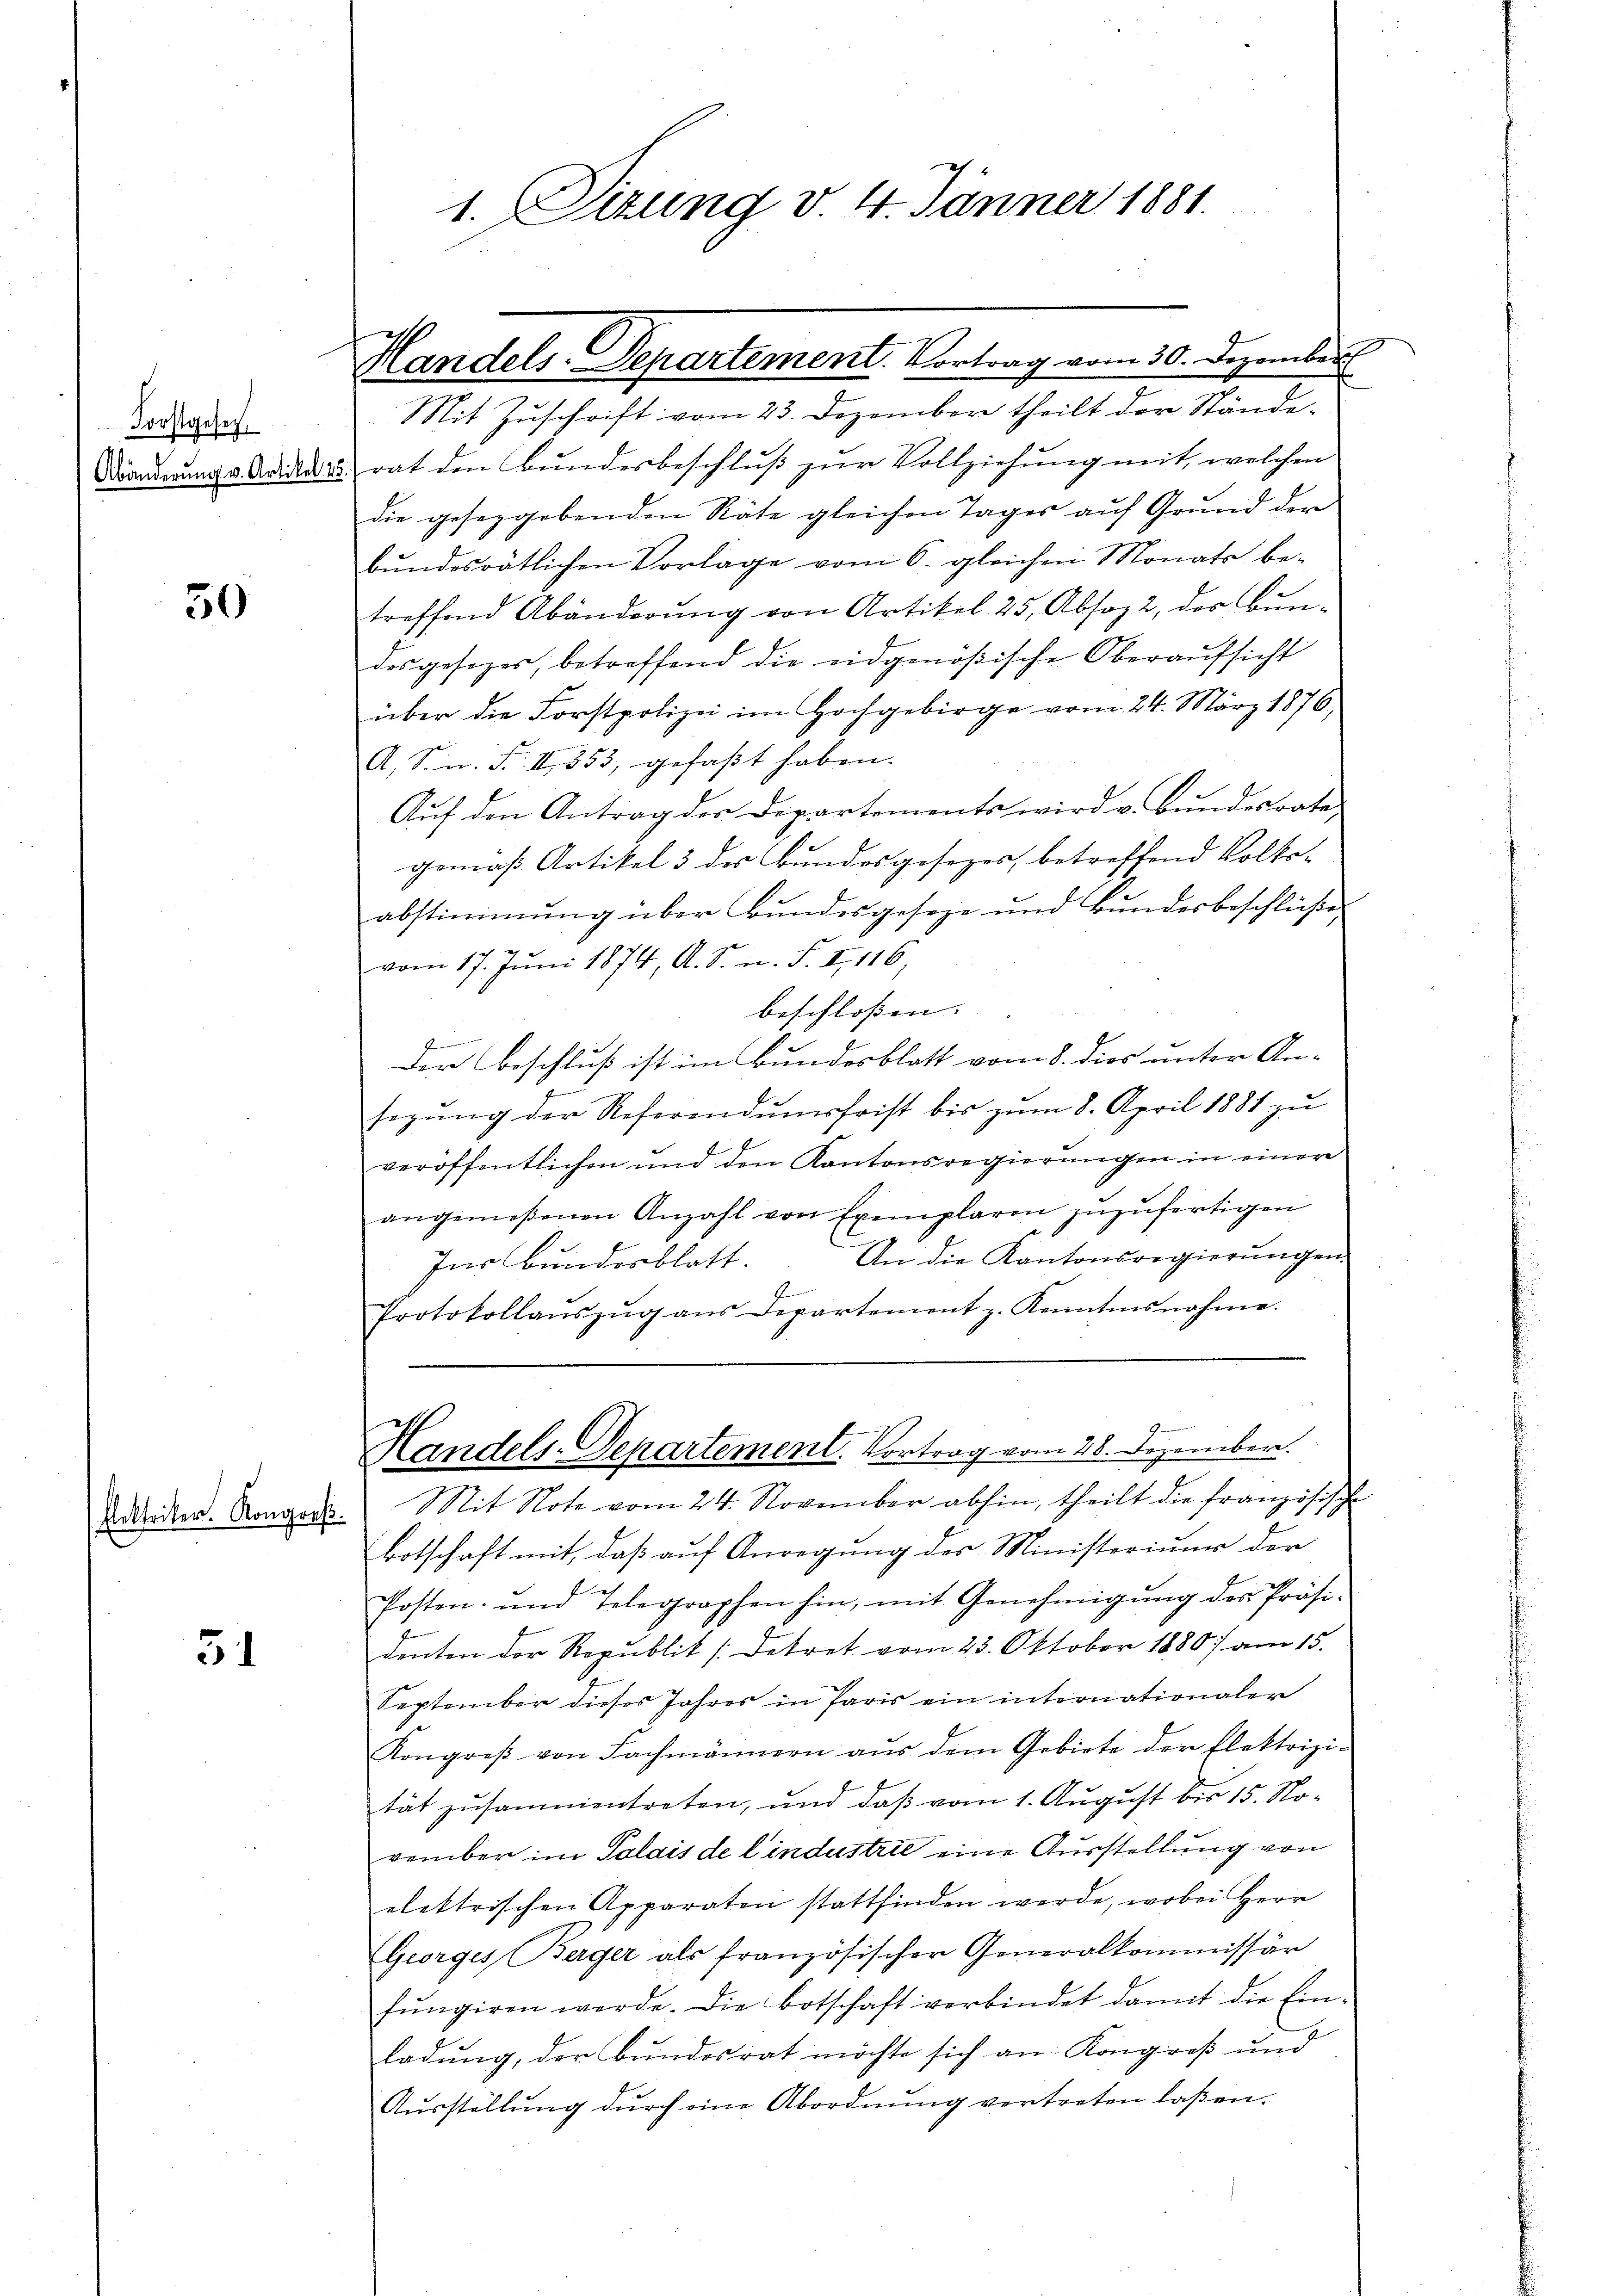
Forstgesetz,
Abänderung v. Artikel

50

15.

51

1. Sizung v. 4. Jänner 1881.

Handels-Departement. Vortrag vom 30. Dezember

Mit Zuschrift vom 23. Dezember theilt der Stände-
rat den Bundesbeschluß zur Vollziehung mit, welchen
die gesezgebenden Räte gleichen Tages auf Grund der
bŭndesrätlichen Vorlage vom 6. gleichen Monats be-
treffend Abänderung von Artikel 25, Absoz 2, der Bun-
desgesezer, betreffend die eidgenößische Oberaŭfsicht
über die Forstpolizei im Hochgebirge vom 24. März 1876,
A. S. n. F. II 353, gefaßt haben.
Auf den Antrag der Departements wird v. Bundesrate
gemäß Artikel 3 des Bundesgesezes, betreffend Volks-
abstimmung über Bŭndesgeseze und Bŭndesbeschlieβe
vom 17. Jŭni 1874, A. S. n. F. II, 116,
beschloßen:
7
Der Beschluß ist im Bundesblatt vom 8. dies unter An-
segŭng der Referendumsfrist bis zŭm 8. April 1881 zu
veröffentlichen und den Kantonsregierungen in einer
angemeßenen Anzahl von Exemplaren zŭzŭfertigen
An die Kantonsregierŭngen.
Ins Bundesblatt.
J
Protokollaŭszŭg ans Departement z. Kenntnisnahme.
Handels-Departement. Vortrag vom 28. Dezember.
Arbeiter. Konsort. Mit Note vom 24. November abhin, theilt die französische
botschaft mit, daß auf Anregung des Ministeriuum der
Posten und Telegraphen hin, mit Genehmigŭng des Präsi-
denten der Republik (Dekret vom 23. Oktober 1880) am 15.
September dieses Jahres in Paris ein internationaler
Kongreβ von Fachmännern aŭs dem Gebiete der Elektrizi-
tät zusammentreten, und daß vom 1. August bis 15. November im Polais de lindustrie eine Ausstellung von
elektrischen Apparaten stattfinden werde, wobei Herr
Georges Berger als französischer Generalkommissär
fŭngiren werde. Die Botschaft verbindet damit die Ein-
ladung, der Bundesrat möchte sich an Kongreß und
Aŭsstellŭng dŭrch eine Abordnŭng vertreten laßen.